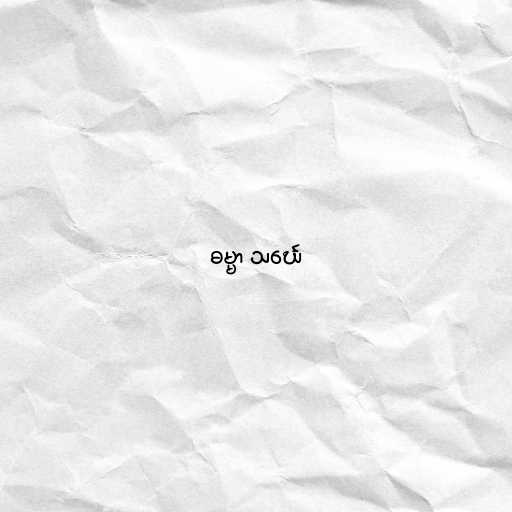
ဓမ္မာ သင်္ဃေ